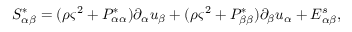
S _ { \alpha \beta } ^ { * } = ( \rho \varsigma ^ { 2 } + P _ { \alpha \alpha } ^ { * } ) \partial _ { \alpha } u _ { \beta } + ( \rho \varsigma ^ { 2 } + P _ { \beta \beta } ^ { * } ) \partial _ { \beta } u _ { \alpha } + E _ { \alpha \beta } ^ { s } ,